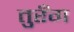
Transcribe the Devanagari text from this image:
तुरँग